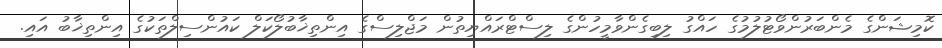
ކޮމިޝަންގެ މެންބަރުންވޯޓުލުމުގެ ހައްގު ލިބިގެންވާމީހުންގެ ލިސްޓްރައްޔިތުން މަޖްލިސްގެ އިންތިޚާބުލޯކަލް ކައުންސިލްތަކުގެ އިންތިޚާބު އައި.